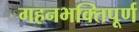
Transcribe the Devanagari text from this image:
गहनभक्तिपूर्ण